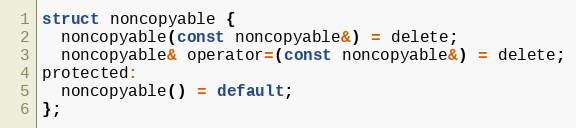
Language: C
struct noncopyable {
  noncopyable(const noncopyable&) = delete;
  noncopyable& operator=(const noncopyable&) = delete;
protected:
  noncopyable() = default;
};